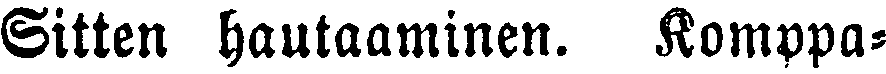
Sitten hautaaminen. Komppa-